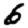
Digit: 6